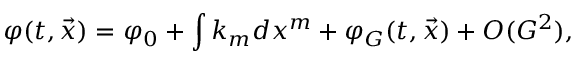
\varphi ( t , { \vec { x } } ) = \varphi _ { 0 } + \int k _ { m } d x ^ { m } + \varphi _ { G } ( t , { \vec { x } } ) + { \cal O } ( G ^ { 2 } ) ,